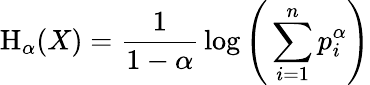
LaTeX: \mathrm{H}_{\alpha}(X)={\frac{1}{1-\alpha}}\log{\Bigg(}\sum_{i=1}^{n}p_{i}^{\alpha}{\Bigg)}